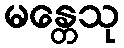
မန္တေသု